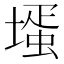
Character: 𡐆